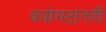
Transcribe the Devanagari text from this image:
वयोगटांतही